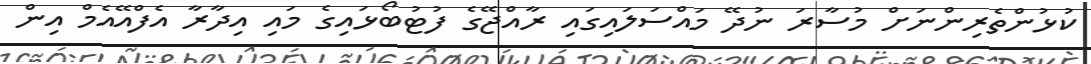
ކުޅުންތެރިންނަށް މުސާރަ ނުދޭ މައްސަލައިގައި ރާއްޖޭގެ ފުޓުބޯޅައިގެ މައި އިދާރާ އެފްއޭއެމް އިން